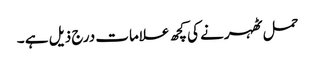
حمل ٹھہرنے کی کچھ علامات درج ذیل ہے ۔